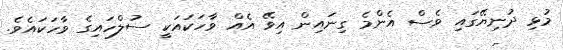
މުޅި ދުނިޔޭގައި ވެސް އެންމެ ގިނައިން އިވޭ އެއް ވާހަކައަކީ ސުލްހައިގެ ވާހަކައެވެ.